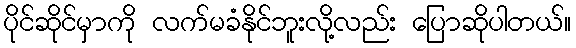
ပိုင်ဆိုင်မှာကို လက်မခံနိုင်ဘူးလို့လည်း ပြောဆိုပါတယ်။